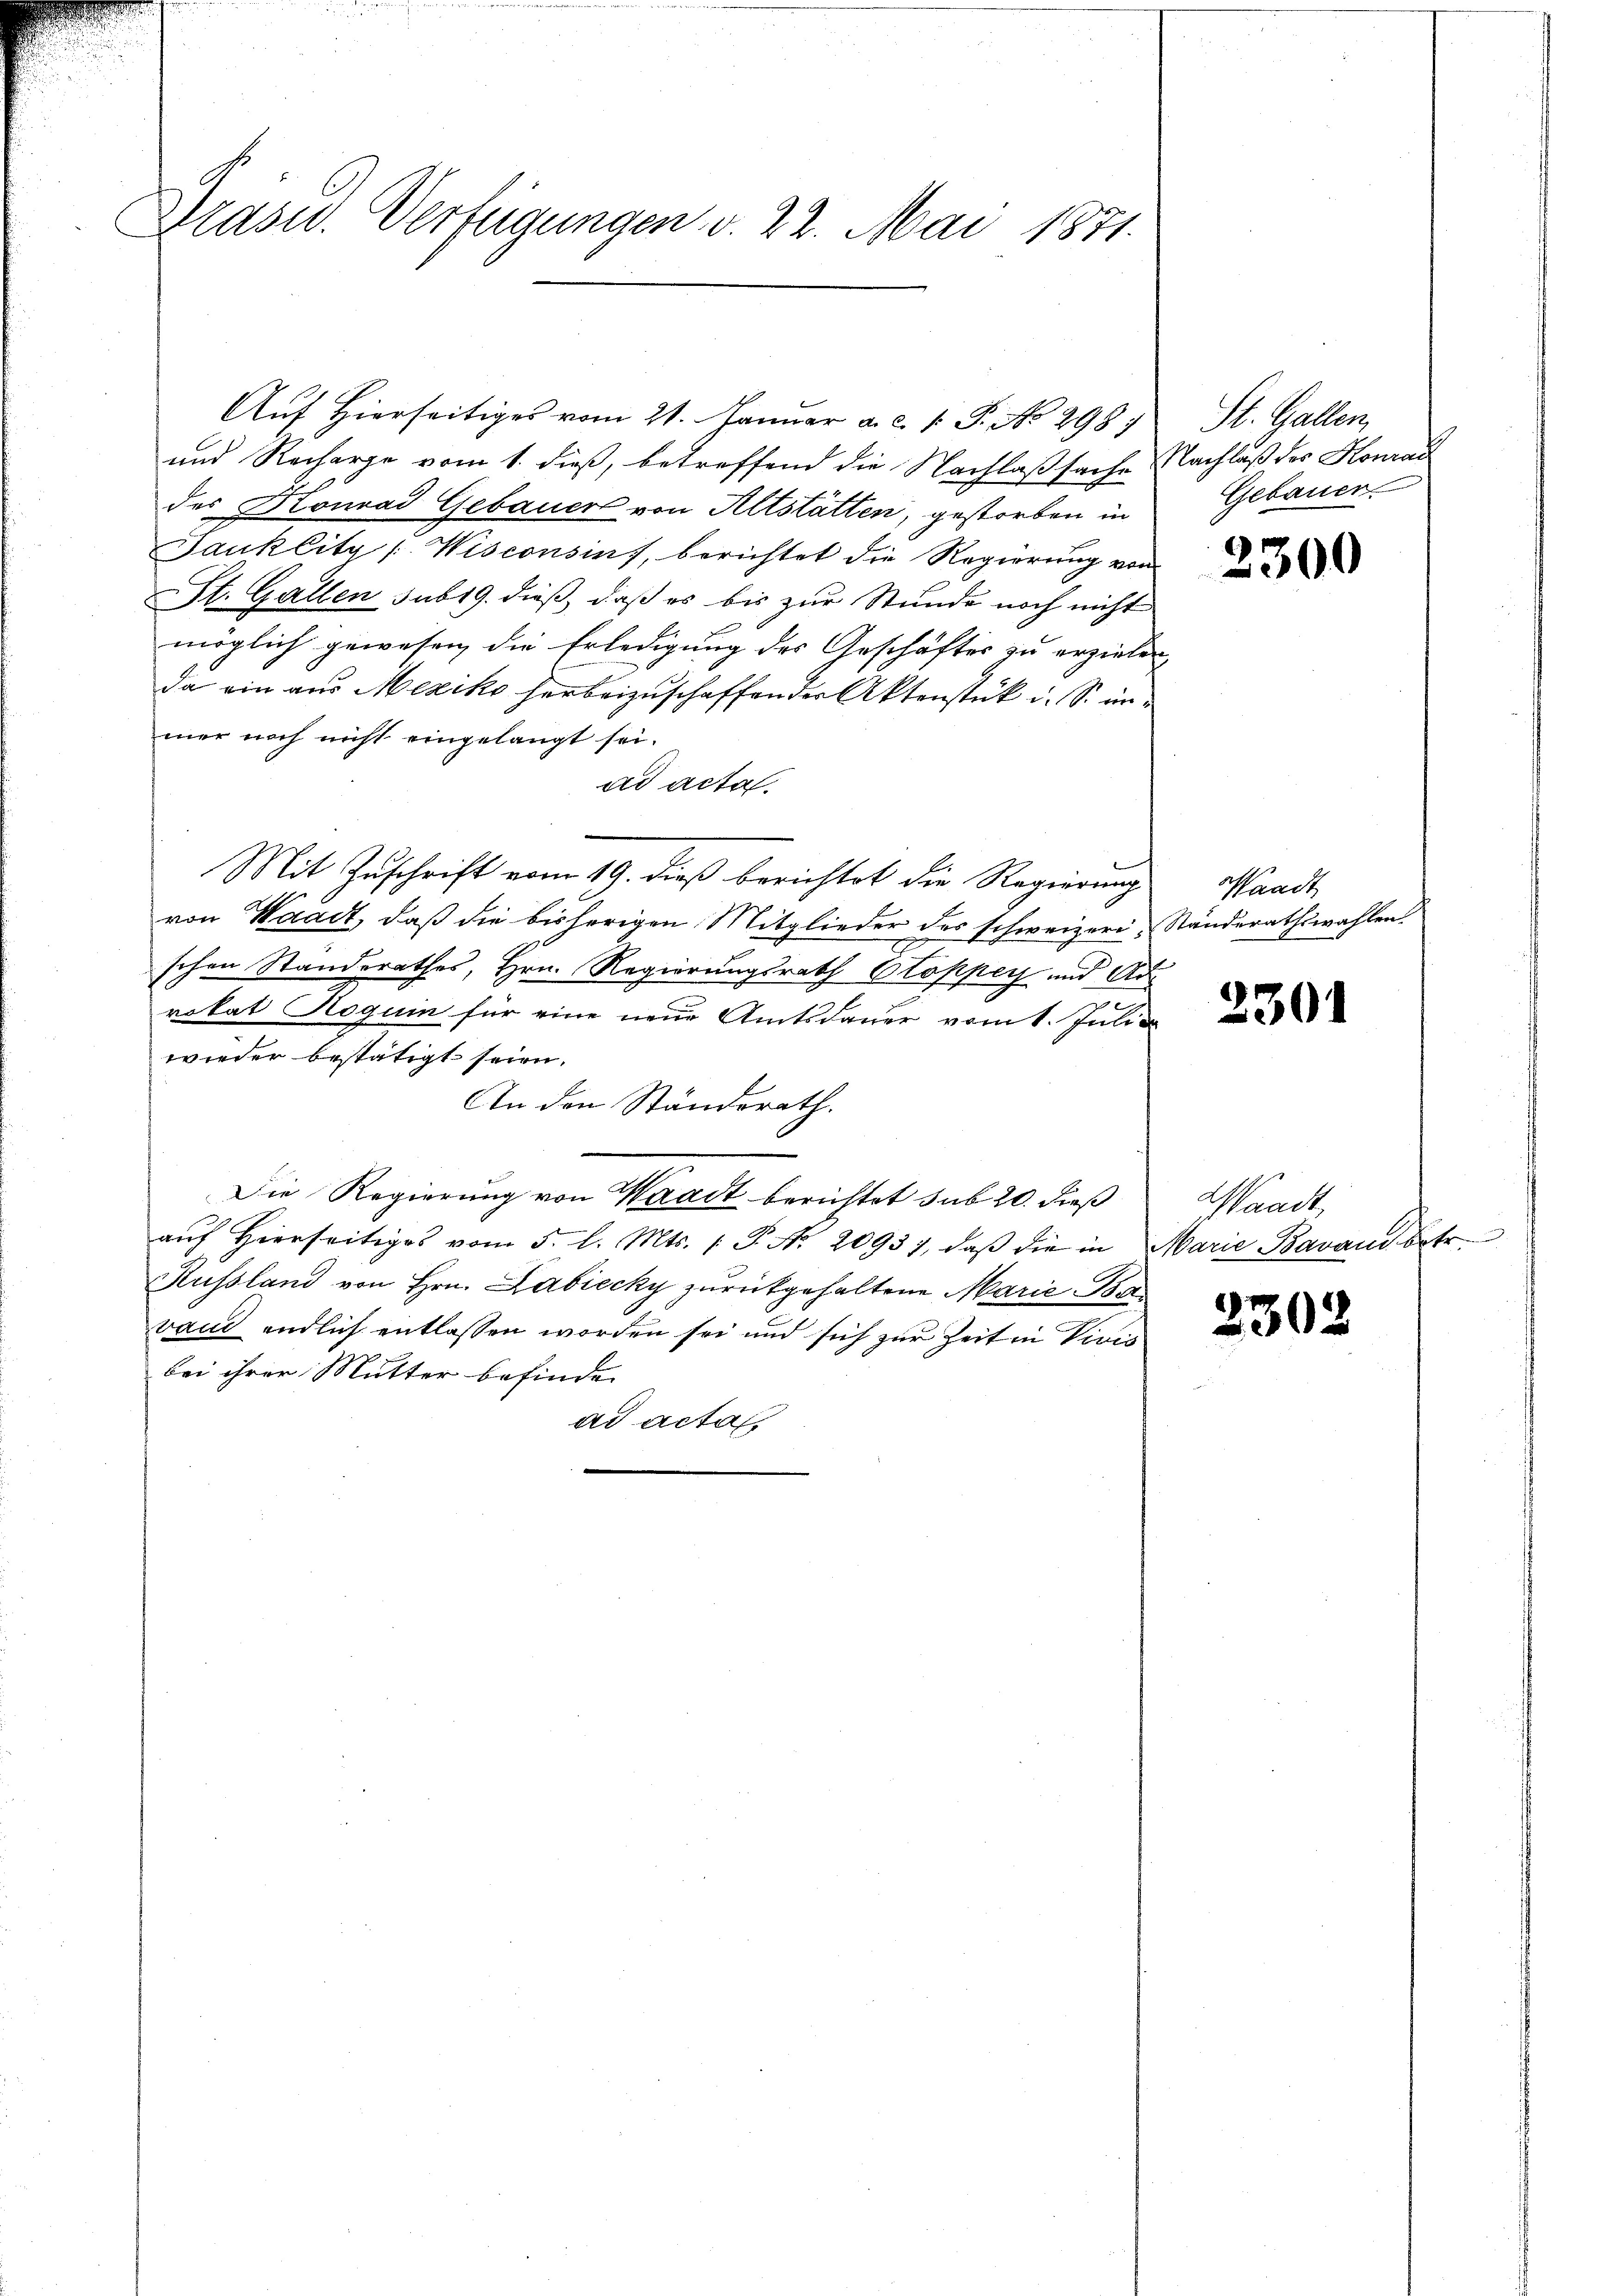
Drasid. Verfügungen v. 22. Mai 1871.

Aŭf Hierseitiges vom 21. Januar a. c. v. P. No 298
und Recharge vom 1. dieß, betreffend die Nachlaßsache Nachlaß der Konrad
des Konrad Gebauer von Altstätten, gestorben in
Janklity [Wisconsins, berichtet die Regierung von
St. Gallen sub 19. dieß, daß es bis zur Stunde noch nicht
möglich gewesen, die Erledigung des Geschäftes zu erzielen
da ein aus Mexiko herbeizuschaffender Aktenstück u. S. in
mer noch nicht eingelangt sei.
ad acta.
Mit Zuschrift vom 19. dieß berichtet die Regierung
von Waadt, daß die bisherigen Mitglieder des schweizeri, Ständerathswahlen.
schen Standerathes, Hrn. Regierungsrath Stopper und Adrokat Roguin für eine neue Amtsdauer vom 1. Juli
wieder bestätigt seien.
An den Ständerath.
Die Regierung von Waadt berichtet sub 20. dieß
aŭf hierseitiges vom 5. l. Mts. 1. P. Nr. 20937, daβ die in Marie-Bavant betr.
Russland von Hrn. Labiecky zurückgehaltene Marie-Bavand endlich entlassen worden sei und sich zur Zeit in Vivis
bei ihrer Mutter befinde.
ad acta

St. Gallen,
Gebauer.

2300

Waadt

2301

Waadt,

2302